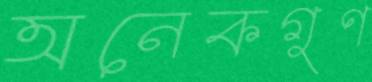
অনেকগুণ